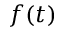
f ( t )